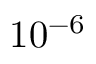
1 0 ^ { - 6 }